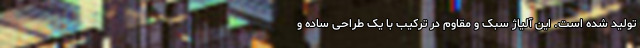
تولید شده است. این آلیاژ سبک و مقاوم در ترکیب با یک طراحی ساده و